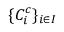
\{ C _ { i } ^ { c } \} _ { i \in I }